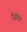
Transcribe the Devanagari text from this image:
जिगेरो